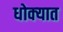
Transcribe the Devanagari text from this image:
धोक्‍यात